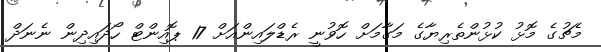
މެޗުގެ މޮޅު ކުޅުންތެރިޔާގެ މަގާމަށް ހޮވުނީ ރެޑްލައިންއަށް 17 ޕޮއިންޓް ހޯދައިދިން ނެނަދް